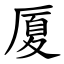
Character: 厦